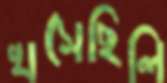
খসেছিলি